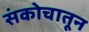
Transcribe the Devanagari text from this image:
संकोचातून